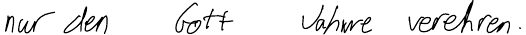
nur den Gott Jahwe verehren.